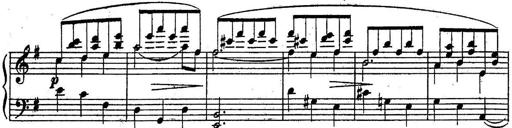
Title: Sonatine
Composer: Adrian Shaposhnikov
Key: E minor